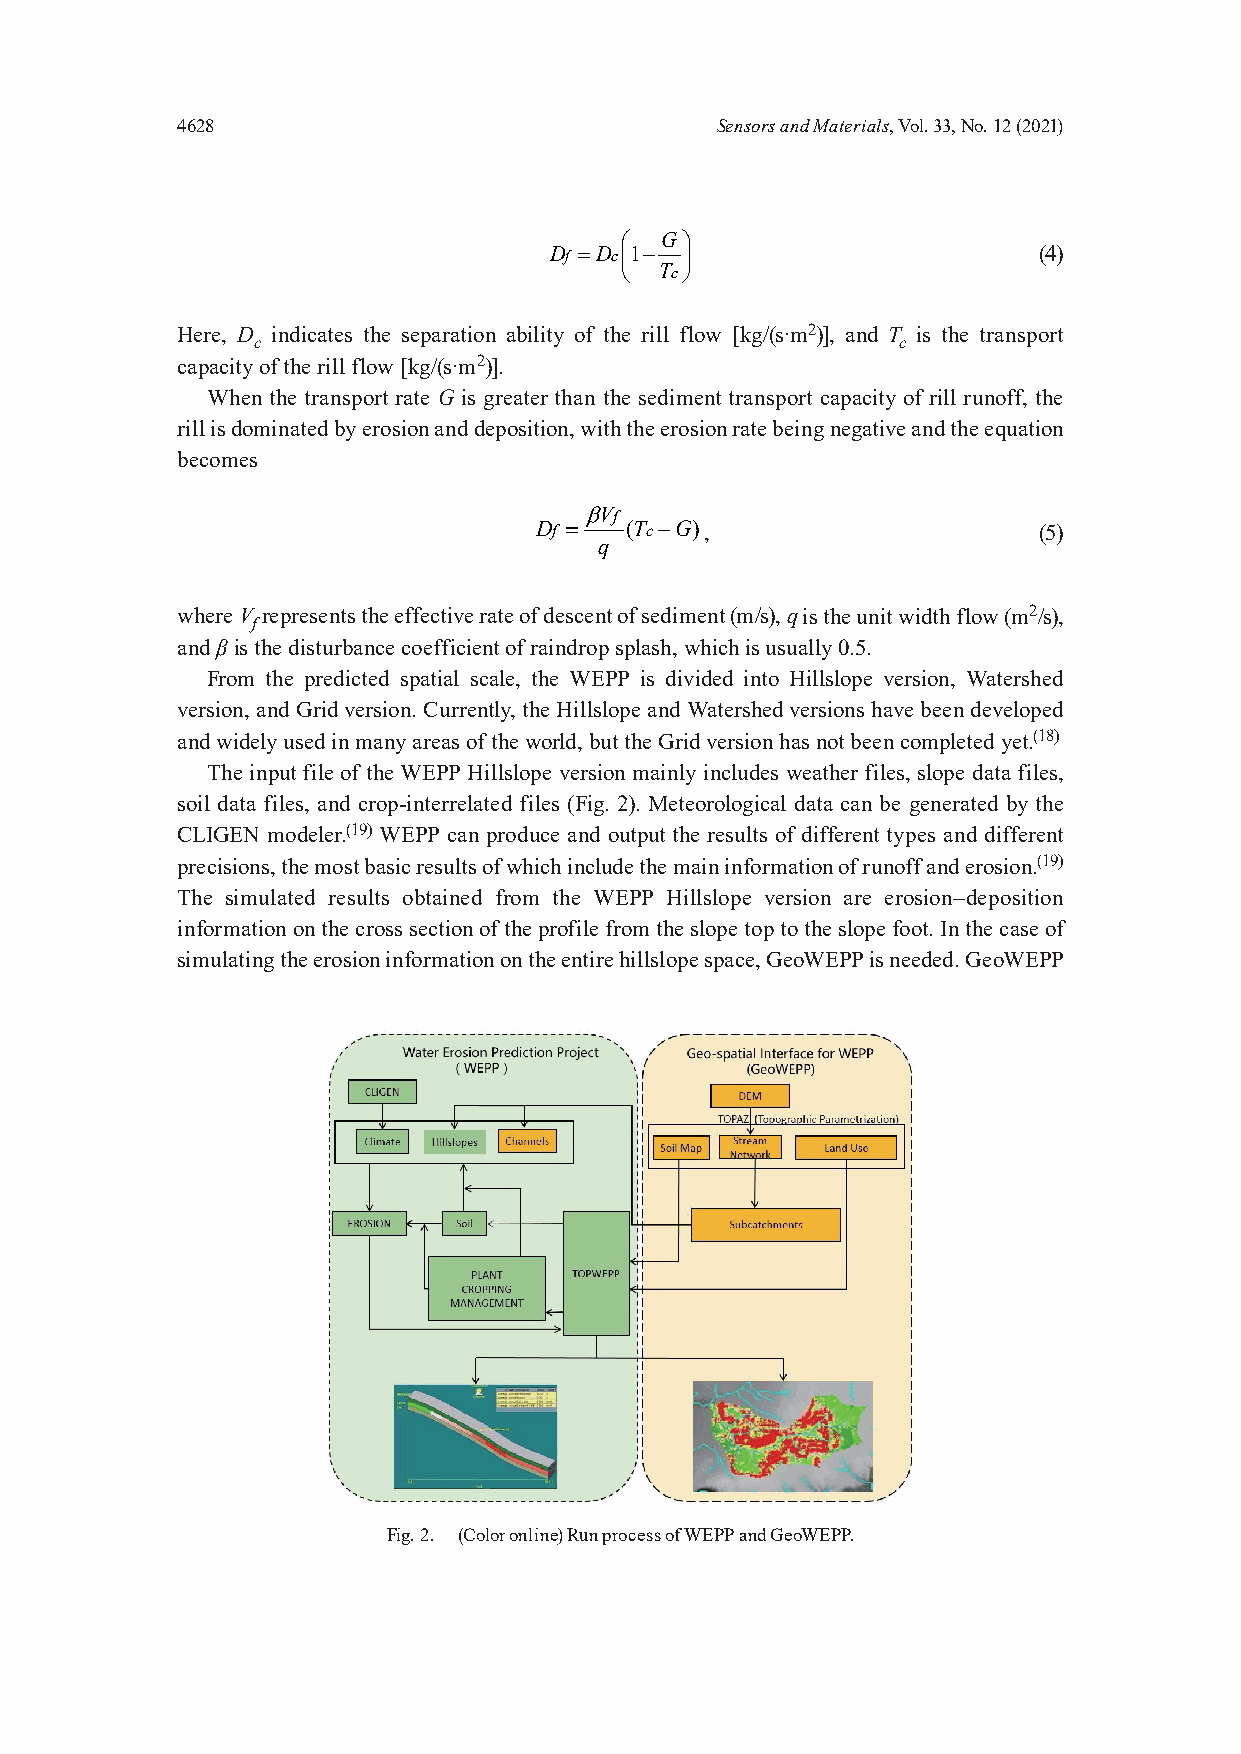
4628                               Sensors and Materials, Vol. 33, No. 12 (2021)
   G 
 Df =Dc1−                       (4)
   Tc
 Here, D
 c
 indicates the separation ability of the rill flow [kg/(s·m2)], and T
 c
 is the transport
 capacity of the rill flow [kg/(s·m2)].
 When the transport rate G is greater than the sediment transport capacity of rill runoff, the
 rill is dominated by erosion and deposition, with the erosion rate being negative and the equation
 becomes
 βVf
 Df =  (Tc−G),                     (5)
 q
 where V
 f
 represents the effective rate of descent of sediment (m/s), qis the unit width flow (m2/s),
 and βis the disturbance coefficient of raindrop splash, which is usually 0.5.
 From the predicted spatial scale, the WEPP is divided into Hillslope version, Watershed
 version, and Grid version. Currently, the Hillslope and Watershed versions have been developed
 and widely used in many areas of the world, but the Grid version has not been completed yet.(18)
 The input file of the WEPP Hillslope version mainly includes weather files, slope data files,
 soil data files, and crop-interrelated files (Fig. 2). Meteorological data can be generated by the
 CLIGEN modeler.(19) WEPP can produce and output the results of different types and different
 precisions, the most basic results of which include the main information of runoff and erosion.(19)
 The simulated results obtained from the WEPP Hillslope version are erosion–deposition
 information on the cross section of the profile from the slope top to the slope foot. In the case of
 simulating the erosion information on the entire hillslope space, GeoWEPP is needed. GeoWEPP
 Fig. 2. (Color online) Run process of WEPP and GeoWEPP.